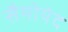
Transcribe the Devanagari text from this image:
सैमोयेद